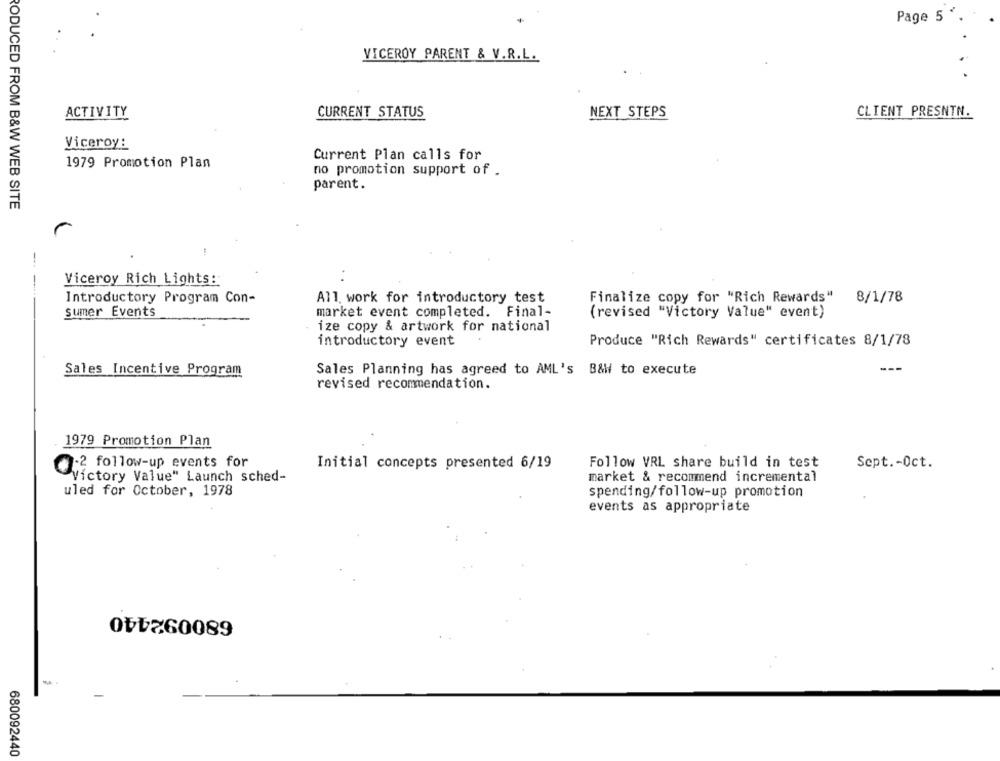
Page 5 "
VICEROY PARENT & V.R.L.
ACTIVITY
CURRENT STATUS
NEXT STEPS
CLIENT PRESNTN.
Viceroy:
Current Plan calls for
1979 Promotion Plan
no promotion support of .
parent.
RODUCED FROM B&W WEB SITE
Viceroy Rich Lights:
-
Introductory Program Con-
All. work for introductory test
Finalize copy for "Rich Rewards" 8/1/78
sumer Events
market event completed. Final-
(revised "Victory Value" event)
ize copy & artwork for national
introductory event
Produce "Rich Rewards" certificates 8/1/78
Sales Incentive Program
Sales Planning has agreed to AML's B&W to execute
---
revised recommendation.
1979 Promotion Plan
Initial concepts presented 6/19
Follow VRL share build in test
Sept .- Oct.
-2 follow-up events for
Victory Value" Launch sched-
market & recommend incremental
uled for October, 1978
spending/follow-up promotion
events as appropriate
680092440
680092440